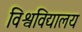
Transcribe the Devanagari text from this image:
विश्वविद्यालय